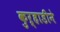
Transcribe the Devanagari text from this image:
कुऱ्हाडीने